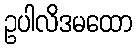
ဥပါလိဒမထော